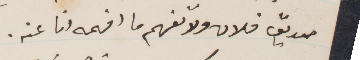
صديق فلان ولا تفهم ما افهمه انا عنه